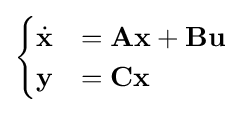
{\begin{cases}{\dot {\mathbf {x} }}&=\mathbf {A} \mathbf {x} +\mathbf {B} \mathbf {u} \\\mathbf {y} &=\mathbf {C} \mathbf {x} \end{cases}}